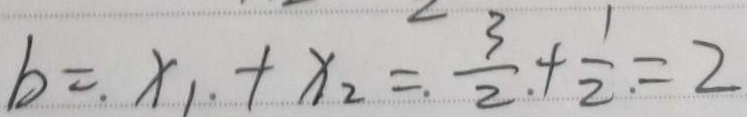
b = x _ { 1 } + x _ { 2 } = \frac { 3 } { 2 } + \frac { 1 } { 2 } = 2